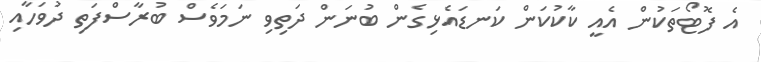
އެ ފޮޓޯތަކުން އެއީ ކާކުކަން ކަނޑައެޅިގެން ބުނަން ދަތިވި ނަމަވެސް ބުރާސްފަތި ދުވަހާއި